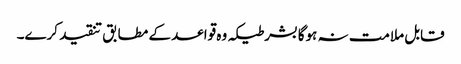
قابل ملامت نہ ہوگا بشرطیکہ وہ قواعد کے مطابق تنقید کرے۔